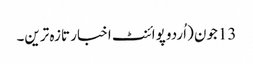
13جون (اُردو پوائنٹ اخبار تازہ ترین۔